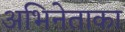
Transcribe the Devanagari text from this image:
अभिनेताका